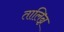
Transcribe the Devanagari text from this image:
तालिन्न